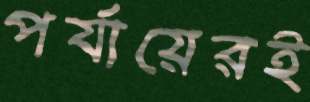
পর্যায়েরই